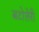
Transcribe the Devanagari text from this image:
बटोत्तेरी